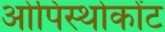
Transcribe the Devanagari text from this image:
ओपिस्थोकोंट